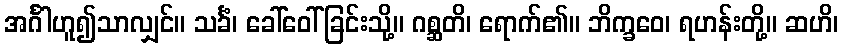
အင်္ဂါဟူ၍သာလျှင်။ သင်္ခံ၊ ခေါ်ဝေါ်ခြင်းသို့။ ဂစ္ဆတိ၊ ရောက်၏။ ဘိက္ခဝေ၊ ရဟန်းတို့။ ဆဟိ၊